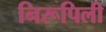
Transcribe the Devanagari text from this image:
निरूपिली